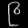
Digit: ၉